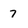
Character: 7